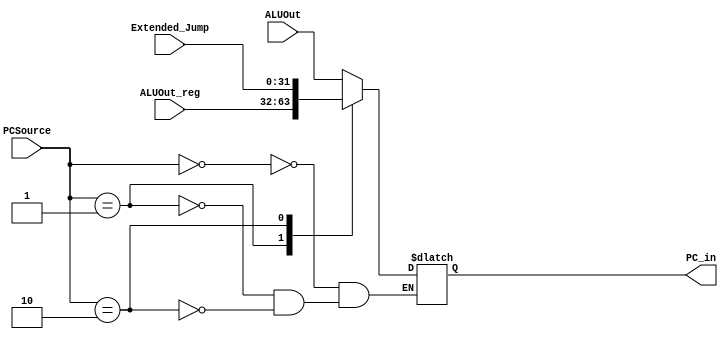
`timescale 1ns / 1ps
//////////////////////////////////////////////////////////////////////////////////
// Company: 
// Engineer: 
// 
// Design Name: 
// Module Name:    MUX_PC 
// Project Name: 
// Target Devices: 
// Tool versions: 
// Description: 
//
// Dependencies: 
//
// Revision: 
// Revision 0.01 - File Created
// Additional Comments: 
//
//////////////////////////////////////////////////////////////////////////////////
module MUX_PC( ALUOut, ALUOut_reg, Extended_Jump, PCSource, PC_in
    ); 
	 input [31:0] ALUOut, ALUOut_reg, Extended_Jump;
	 input [1:0] PCSource;
	 output reg [31:0] PC_in;
	 
	 always@(*)
	 begin
		 case(PCSource)
		 2'b00: PC_in = ALUOut;
		 2'b01: PC_in = ALUOut_reg;
		 2'b10: PC_in = Extended_Jump;
		 endcase
	 end
endmodule